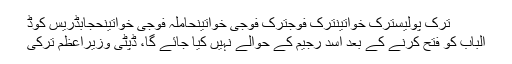
ترک پولیسترک خواتینترک فوجترک فوجی خواتینحاملہ فوجی خواتینحجابڈریس کوڈ
الباب کو فتح کرنے کے بعد اسد رجیم کے حوالے نہیں کیا جائے گا، ڈپٹی وزیراعظم ترکی